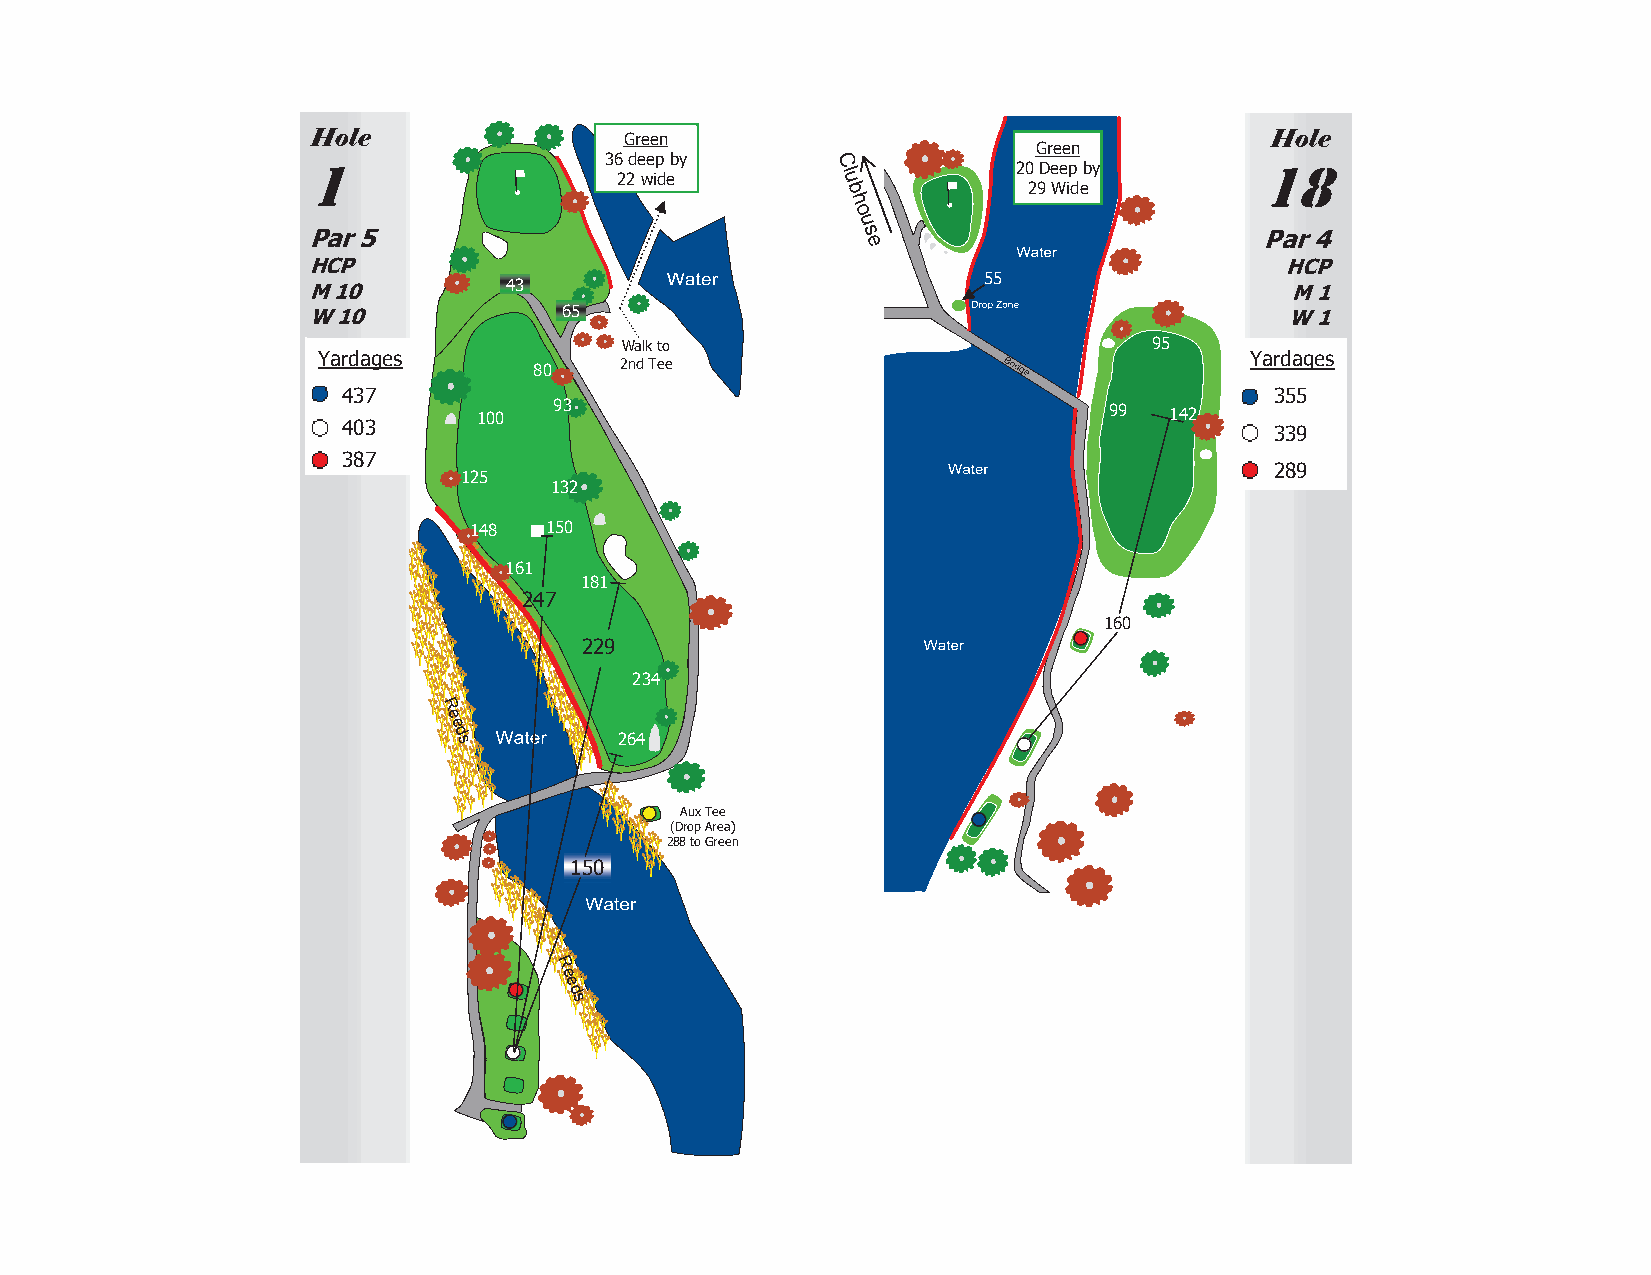
Hole                 Green                                      Hole
 Green
 1                   36 deep by     C           20 Deep by       18
 22 wide       l u
 b           29 Wide
 h
 o
 u
 Par 5                                s                          Par 4
 e
 HCP                                                              HCP
 55
 M 10         43                                                  M 1
 W 10             65                                              W 1
 Walk to                            95
 Yardages                                                      Yardages
 80    2nd Tee
 437                                                          355
 403
 100  93                                  99  142
 339
 387
 289
 125
 132
 148  150
 161
 181
 247
 160
 229
 234
 R
 e
 e
 d s        264
 Aux Tee
 (Drop Area)
 288 to Green
 150
 R
 e
 e
 d
 s